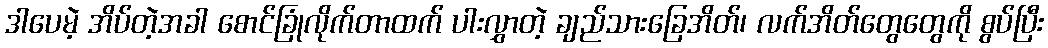
ဒါပေမဲ့ အိပ်တဲ့အခါ စောင်ခြုံလိုက်တာထက် ပါးလွှာတဲ့ ချည်သားခြေအိတ်၊ လက်အိတ်တွေတွေကို စွပ်ပြီး